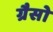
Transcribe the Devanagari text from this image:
ग्रैसो